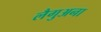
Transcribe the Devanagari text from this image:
लैगुअना